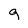
Character: g